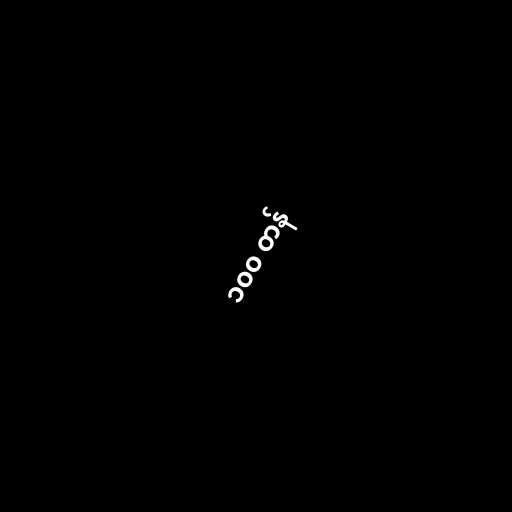
၁၀၀ တန်